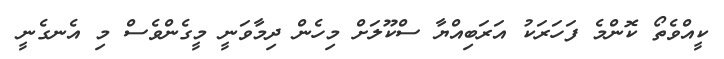
ކީއްވެތޯ ކޮންމެ ފަހަރަކު އަރަބިއްޔާ ސްކޫލަށް މިހެން ދިމާވަނީ މީގެންވެސް މި އެނގެނީ